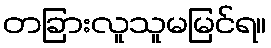
တခြားလူသူမမြင်ရ။